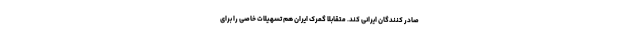
صادر کنندگان ایرانی کند. متقابلاً گمرک ایران هم تسهیلات خاصی را برای